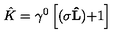
\hat { K } = \gamma ^ { 0 } \left[ ( { \bf \sigma \hat { L } ) + } 1 \right]